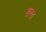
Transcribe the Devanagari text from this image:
शरब